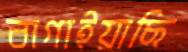
বাগাইয়াছি